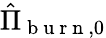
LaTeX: \hat{\Pi}_{\mathrm{~b~u~r~n~},0}